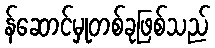
န်ဆောင်မှုတစ်ခုဖြစ်သည်